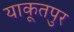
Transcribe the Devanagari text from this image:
याकूतपुर